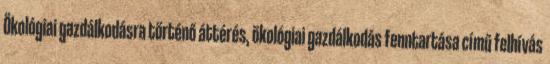
Ökológiai gazdálkodásra történő áttérés, ökológiai gazdálkodás fenntartása című felhívás